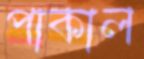
পাকাল